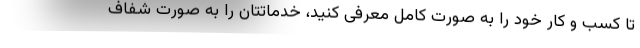
تا کسب و کار خود را به صورت کامل معرفی کنید، خدماتتان را به صورت شفاف